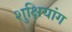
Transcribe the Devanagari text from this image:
शुक्षियांग